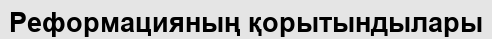
Реформацияның қорытындылары